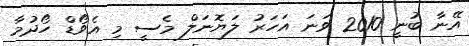
އޭނާ ބުނީ 2010 ވަނަ އަހަރު ލަޔޮނަލް މެސީ މި އެވޯޑް ހޯދުމާ